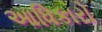
આધિકારો